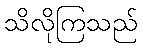
သိလိုကြသည်